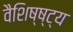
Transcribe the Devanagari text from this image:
वैशिष्ष्ट्य